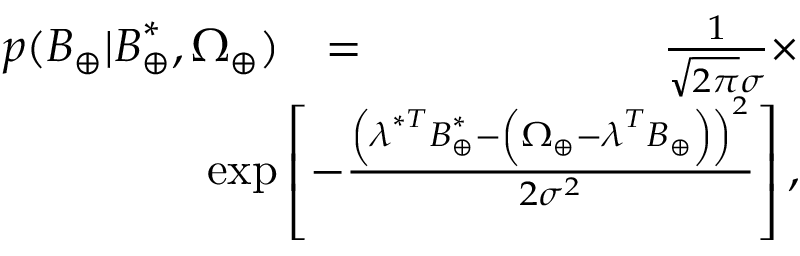
\begin{array} { r l r } { p ( \boldsymbol { B } _ { \oplus } | \boldsymbol { B } _ { \oplus } ^ { * } , \Omega _ { \oplus } ) } & { = } & { \frac { 1 } { \sqrt { 2 \pi } \sigma } \times } \\ & { } & { \! \! \! \! \! \! \! \! \! \! \! \! \! \! \! \! \! \! \! \! \! \! \! \! \! \! \exp \left[ - \frac { \left( \boldsymbol { \lambda } ^ { * T } \boldsymbol { B } _ { \oplus } ^ { * } - \left( \Omega _ { \oplus } - \boldsymbol { \lambda } ^ { T } \boldsymbol { B } _ { \oplus } \right) \right) ^ { 2 } } { 2 \sigma ^ { 2 } } \right] , } \end{array}